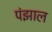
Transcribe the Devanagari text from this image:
पंझाल